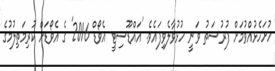
ހުށަހެޅުއްވުމަށް ފުރުސަތު ވަނީ ހުޅުވާލެވިފައެވެ. 'އައްޑޫސިޓީ އެވޯޑް 2016' ގެ އެވޯޑަށް ކުރިމަތިލުމުގެ